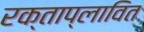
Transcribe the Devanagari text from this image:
रक्ताप्लावित